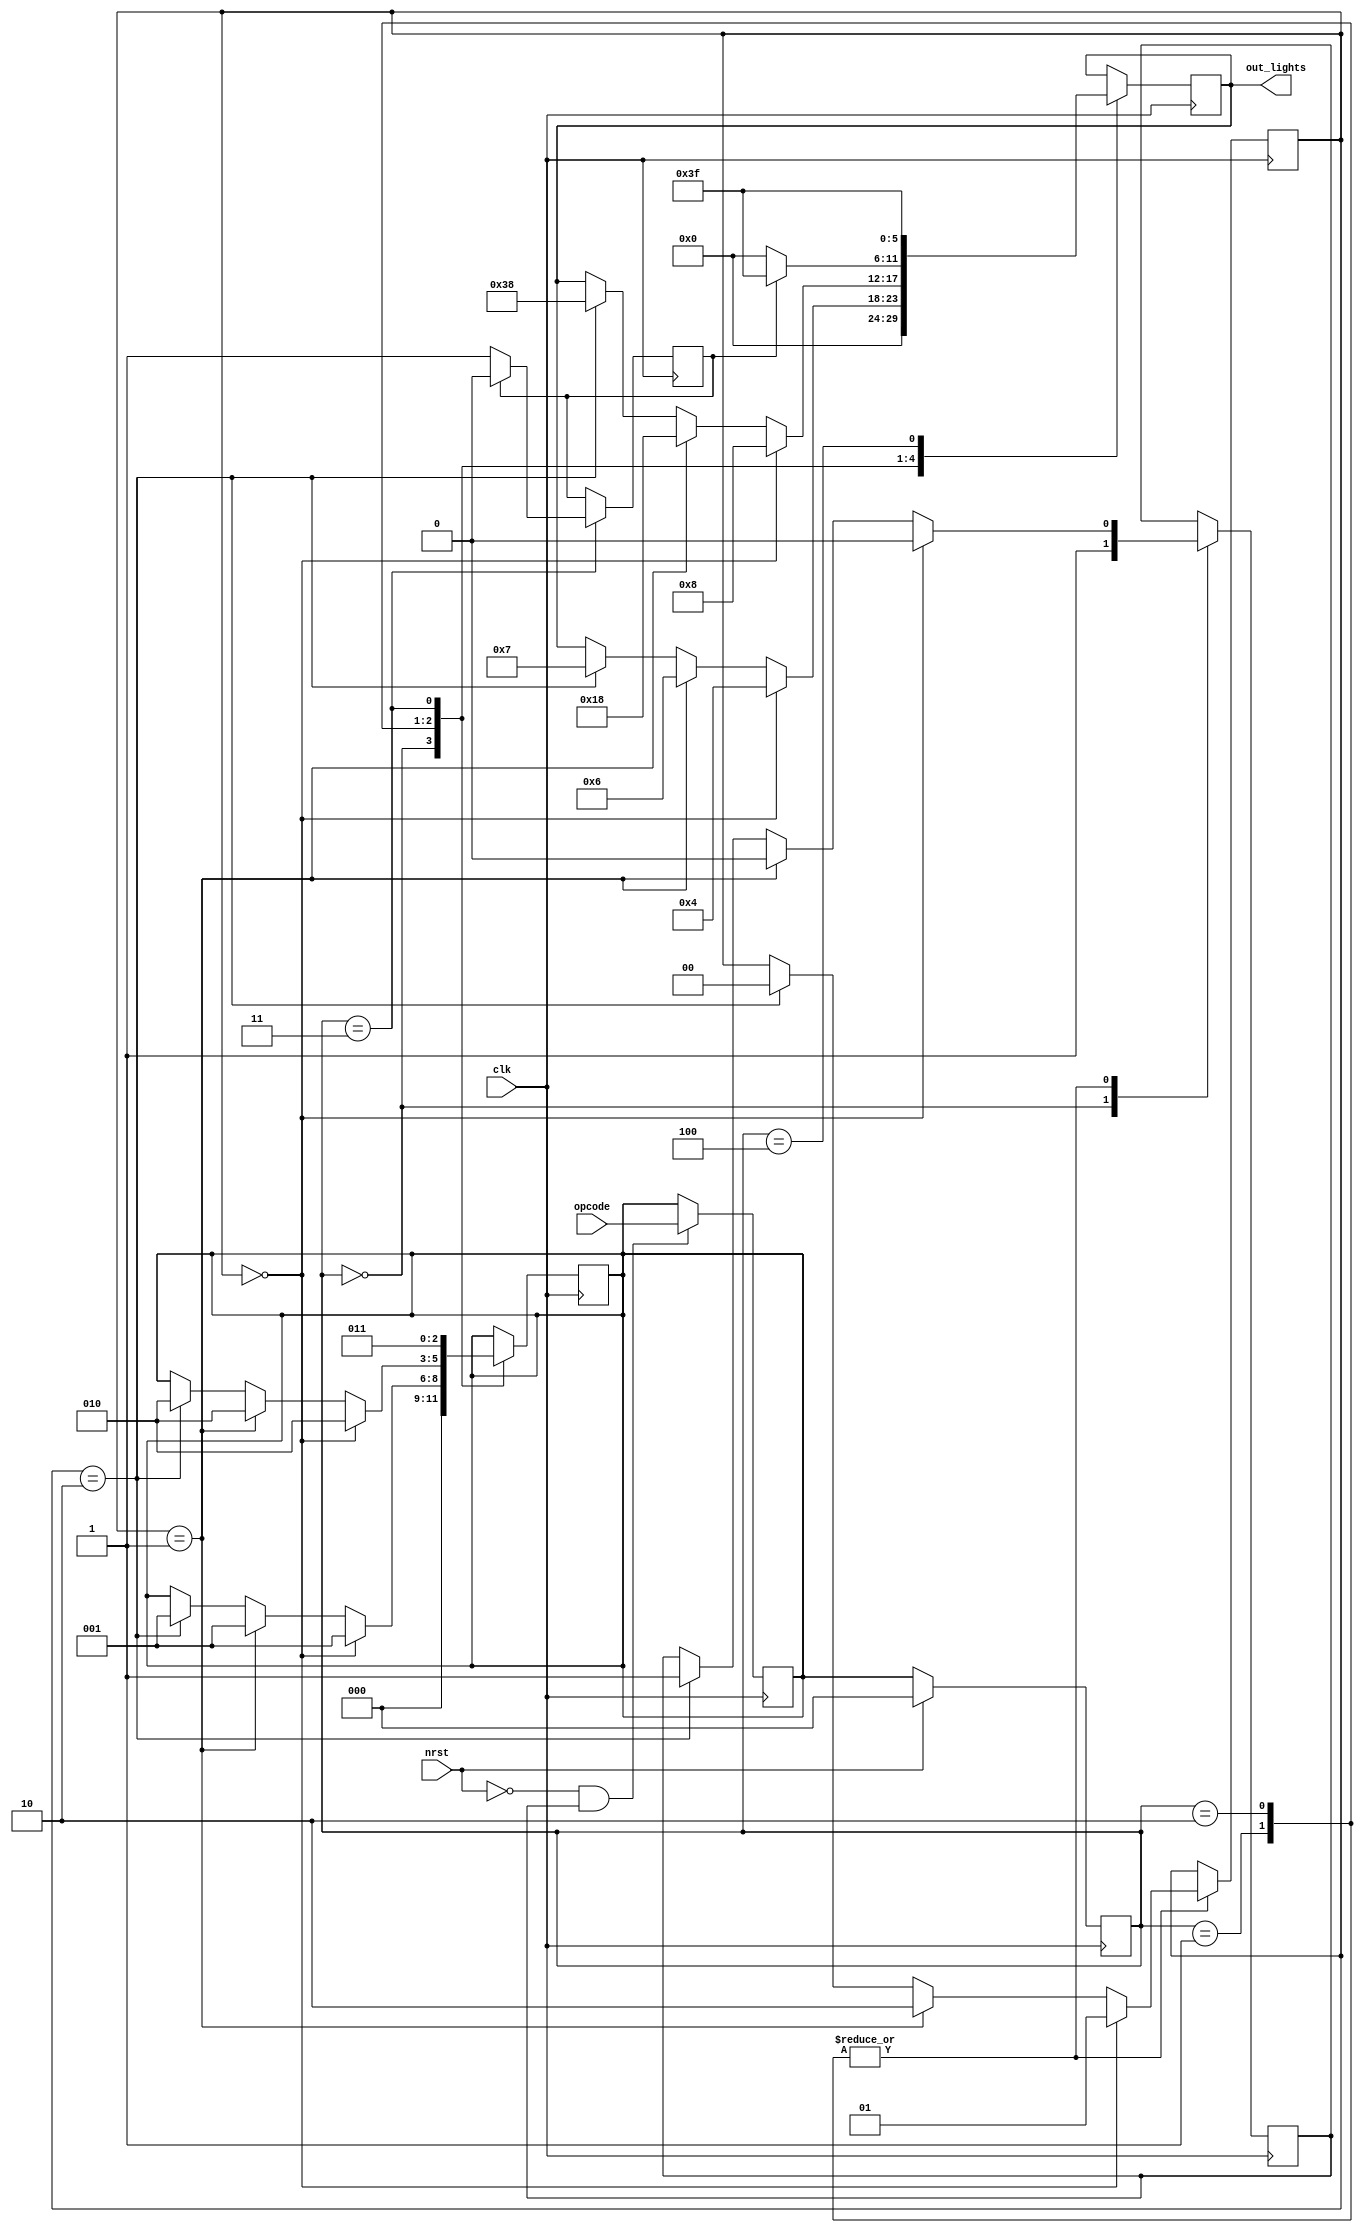
module CONTROLLER(opcode, clk, nrst, out_lights);
    reg [2:0]state, nstate;
    reg rdy;
    reg [1:0] counter;
    reg blink;
    input [2:0] opcode;
    input clk;
    input nrst;
    output reg [5:0]out_lights;
    localparam NO_LIGHTS = 3'b000, TURN_RIGHT = 3'b001, TURN_LEFT = 3'b010, HAZZARD = 3'b011, BRAKE = 3'b100;
    initial begin
        blink = 1'b0;
        counter = 2'b00;
    end
    //reset and nstate progress
    always @ (posedge clk) begin
        if (nrst) begin
            state <= NO_LIGHTS;
        end
        else begin
            state <= nstate;
        end
    end
    //opcode tree
    always @ (posedge clk) begin
        if (!nrst && rdy) begin
            nstate <= opcode;
        end
    end
    //state machine
    always @ (posedge clk) begin
        case (state)
            NO_LIGHTS : begin
                out_lights = 0;
                rdy = 1;
                nstate = NO_LIGHTS;
            end
            TURN_RIGHT: begin
                if (counter == 2'b00) begin
                    rdy = 0;
                    out_lights = 6'b000100;
                    counter = 2'b01;
                    nstate = TURN_RIGHT;
                end
                else if (counter == 2'b01) begin
                    rdy = 0;
                    out_lights = 6'b000110;
                    counter = 2'b10;
                    nstate = TURN_RIGHT;
                end
                else if (counter == 2'b10) begin
                    rdy = 1'b1;
                    out_lights = 6'b000111;
                    counter = 2'b00;
                    nstate = TURN_RIGHT;
                end
            end
            TURN_LEFT: begin
                if (counter == 2'b00) begin
                    rdy = 0;
                    out_lights = 6'b001000;
                    counter = 2'b01;
                    nstate = TURN_LEFT;
                end
                else if (counter == 2'b01) begin
                    rdy = 0;
                    out_lights = 6'b011000;
                    counter = 2'b10;
                    nstate = TURN_LEFT;
                end
                else if (counter == 2'b10) begin
                    rdy = 1;
                    out_lights = 6'b111000;
                    counter = 2'b00;
                    nstate = TURN_LEFT;
                end
            end
            HAZZARD: begin
                if (blink == 1'b0) begin
                    blink = 1'b1;
                    out_lights = 6'b000000;
                    nstate = HAZZARD;
                end
                else if (blink == 1'b1) begin
                    blink = 1'b0;
                    out_lights = 6'b111111;
                    nstate = HAZZARD;
                end
            end
            BRAKE: begin
                out_lights = 6'b111111;
            end
        endcase
    end
endmodule

module CONTROLLER_TB();
    reg [2:0] opcode;
    reg clk = 0;
    reg nrst = 1'b1;
    always #1 clk = !clk;
    wire [5:0]out_lights;
    CONTROLLER test_module(.clk(clk), .opcode(opcode), .nrst(nrst), .out_lights(out_lights));
	initial
		begin
            $monitor($time, "out_lights=%b, clk=%b, opcode=%b, nrst=%b", out_lights, clk, opcode, nrst);
            $dumpfile("controller.vcd");
            $dumpvars(0, CONTROLLER_TB);
			      #4 nrst=1'b0;
            #4 opcode=3'b000;
            #4 opcode=3'b001;
            #4 opcode=3'b001;
            #4 opcode=3'b010;
            #4 opcode=3'b010;
            #4 opcode=3'b011;
            #4 opcode=3'b011;
            #4 opcode=3'b100;
            #4 opcode=3'b100;
            #4 nrst=1'b1;
            #4 nrst=1'b0;
            #4 opcode=3'b100;
            $finish;
		end
endmodule